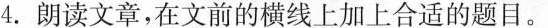
4.朗读文章,在文前的横线上加上合适的题目。